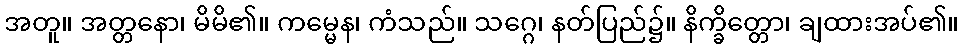
အတူ။ အတ္တနော၊ မိမိ၏။ ကမ္မေန၊ ကံသည်။ သဂ္ဂေ၊ နတ်ပြည်၌။ နိက္ခိတ္တော၊ ချထားအပ်၏။